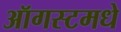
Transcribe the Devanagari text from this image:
ऑगस्टमधे